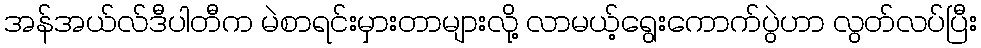
အန်အယ်လ်ဒီပါတီက မဲစာရင်းမှားတာများလို့ လာမယ့်ရွေးကောက်ပွဲဟာ လွတ်လပ်ပြီး